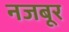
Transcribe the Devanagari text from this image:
नजबूर